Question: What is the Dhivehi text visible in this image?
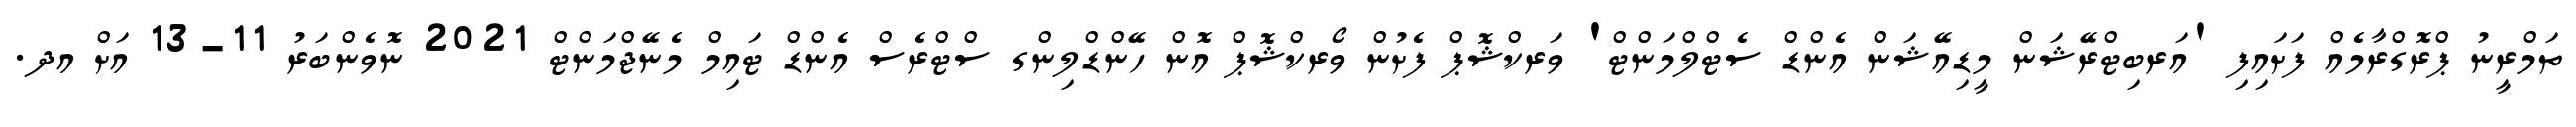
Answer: ތަމްރީނު ޕްރޮގްރާމެއް ފަށައިފި 'އަރބިޓްރޭޝަން މީޑިއޭޝަން އެންޑް ސެޓްލްމަންޓް' ވަރކްޝޮޕް ފެށުން ވޯރކްޝޮޕް އޮން ހޭންޑްލިންގ ސްޓްރެސް އެންޑް ޓައިމް މެނޭޖްމަންޓް 2021 ނޮވެންބަރު 11-13 އަށް އދ.